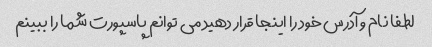
لطفا نام و آدرس خود را اینجا قرار دهید می توانم پاسپورت شما را ببینم